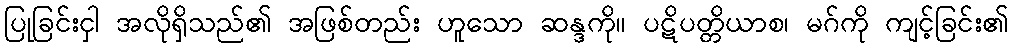
ပြုခြင်းငှါ အလိုရှိသည်၏ အဖြစ်တည်း ဟူသော ဆန္ဒကို။ ပဋိပတ္တိယာစ၊ မဂ်ကို ကျင့်ခြင်း၏